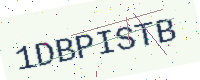
Text: 1DBPISTB